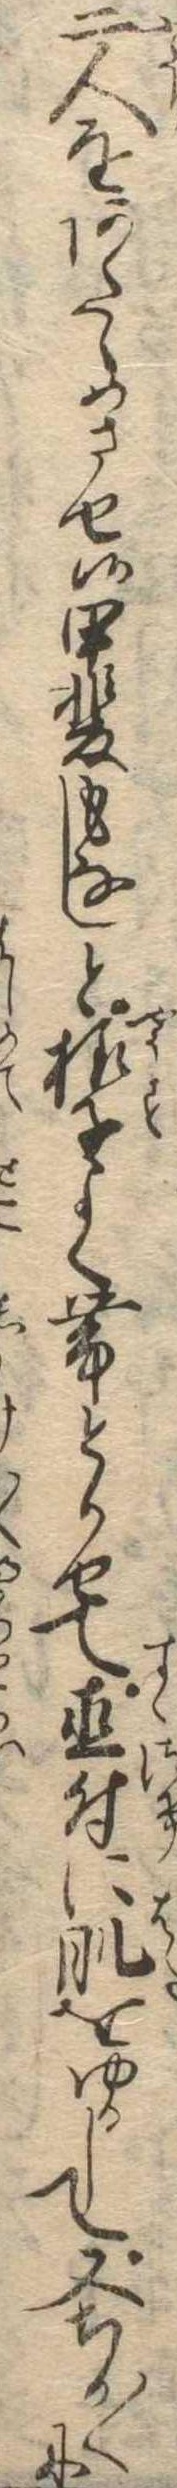
二人をあたゝめさせ候甲斐もなしと様子よく帯とかせて直付に肌をゆるして又ちか〱に